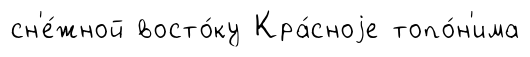
сн'е́жной восто́ку Кра́сноjе топо́н'има